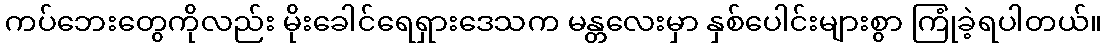
ကပ်ဘေးတွေကိုလည်း မိုးခေါင်ရေရှားဒေသက မန္တလေးမှာ နှစ်ပေါင်းများစွာ ကြုံခဲ့ရပါတယ်။